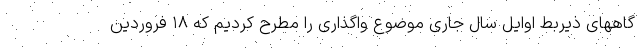
گاههای ذیربط اوایل سال جاری موضوع واگذاری را مطرح کردیم که ۱۸ فروردین